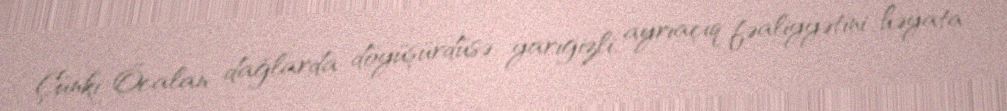
Çünki Öcalan dağlarda döyüşürdüsə, yarıgizli, ayrıaçıq fəaliyyətini həyata